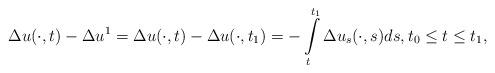
\begin{align*} \Delta u(\cdot,t)-\Delta u^{1}=\Delta u(\cdot,t)-\Delta u(\cdot,t_{1})=-\int\limits^{t_{1}}_{t}\Delta u_s(\cdot,s)ds,t_{0}\leq t\leq t_{1}, \end{align*}